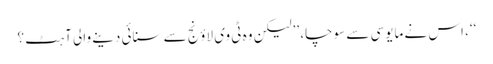
‘‘، اس نے مایوسی سے سوچا، ’’لیکن وہ ٹی وی لاؤنج سے سنائی دینے والی آہٹ ؟